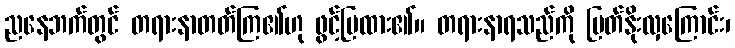
ညနေဘက်တွင် တရားနာတတ်ကြ၏ဟု ဖွင့်ပြထား၏။ တရားနာရသည်ကို မြတ်နိုးလှကြောင်း၊